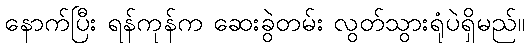
နောက်ပြီး ရန်ကုန်က ဆေးခွဲတမ်း လွတ်သွားရုံပဲရှိမည်။